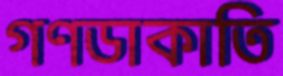
গণডাকাতি